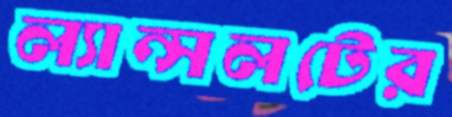
ল্যান্সলটের